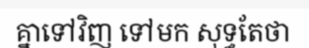
គ្នាទៅវិញ ទៅមក សុទ្ធតែថា